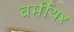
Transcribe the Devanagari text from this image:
वर्मीयर